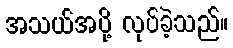
အသယ်အပို့ လုပ်ခဲ့သည်။